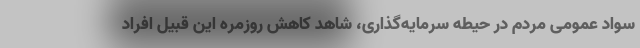
سواد عمومی مردم در حیطه سرمایه‌گذاری، شاهد کاهش روزمره این قبیل افراد